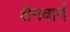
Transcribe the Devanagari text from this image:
शेनवार्न